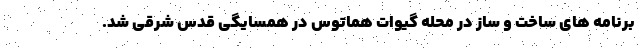
برنامه های ساخت و ساز در محله گیوات هماتوس در همسایگی قدس شرقی شد.